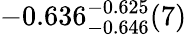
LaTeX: -0.636_{-0.646}^{-0.625}(7)